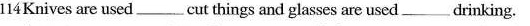
114 Knives are used___cut things and glasses are used___drinking.